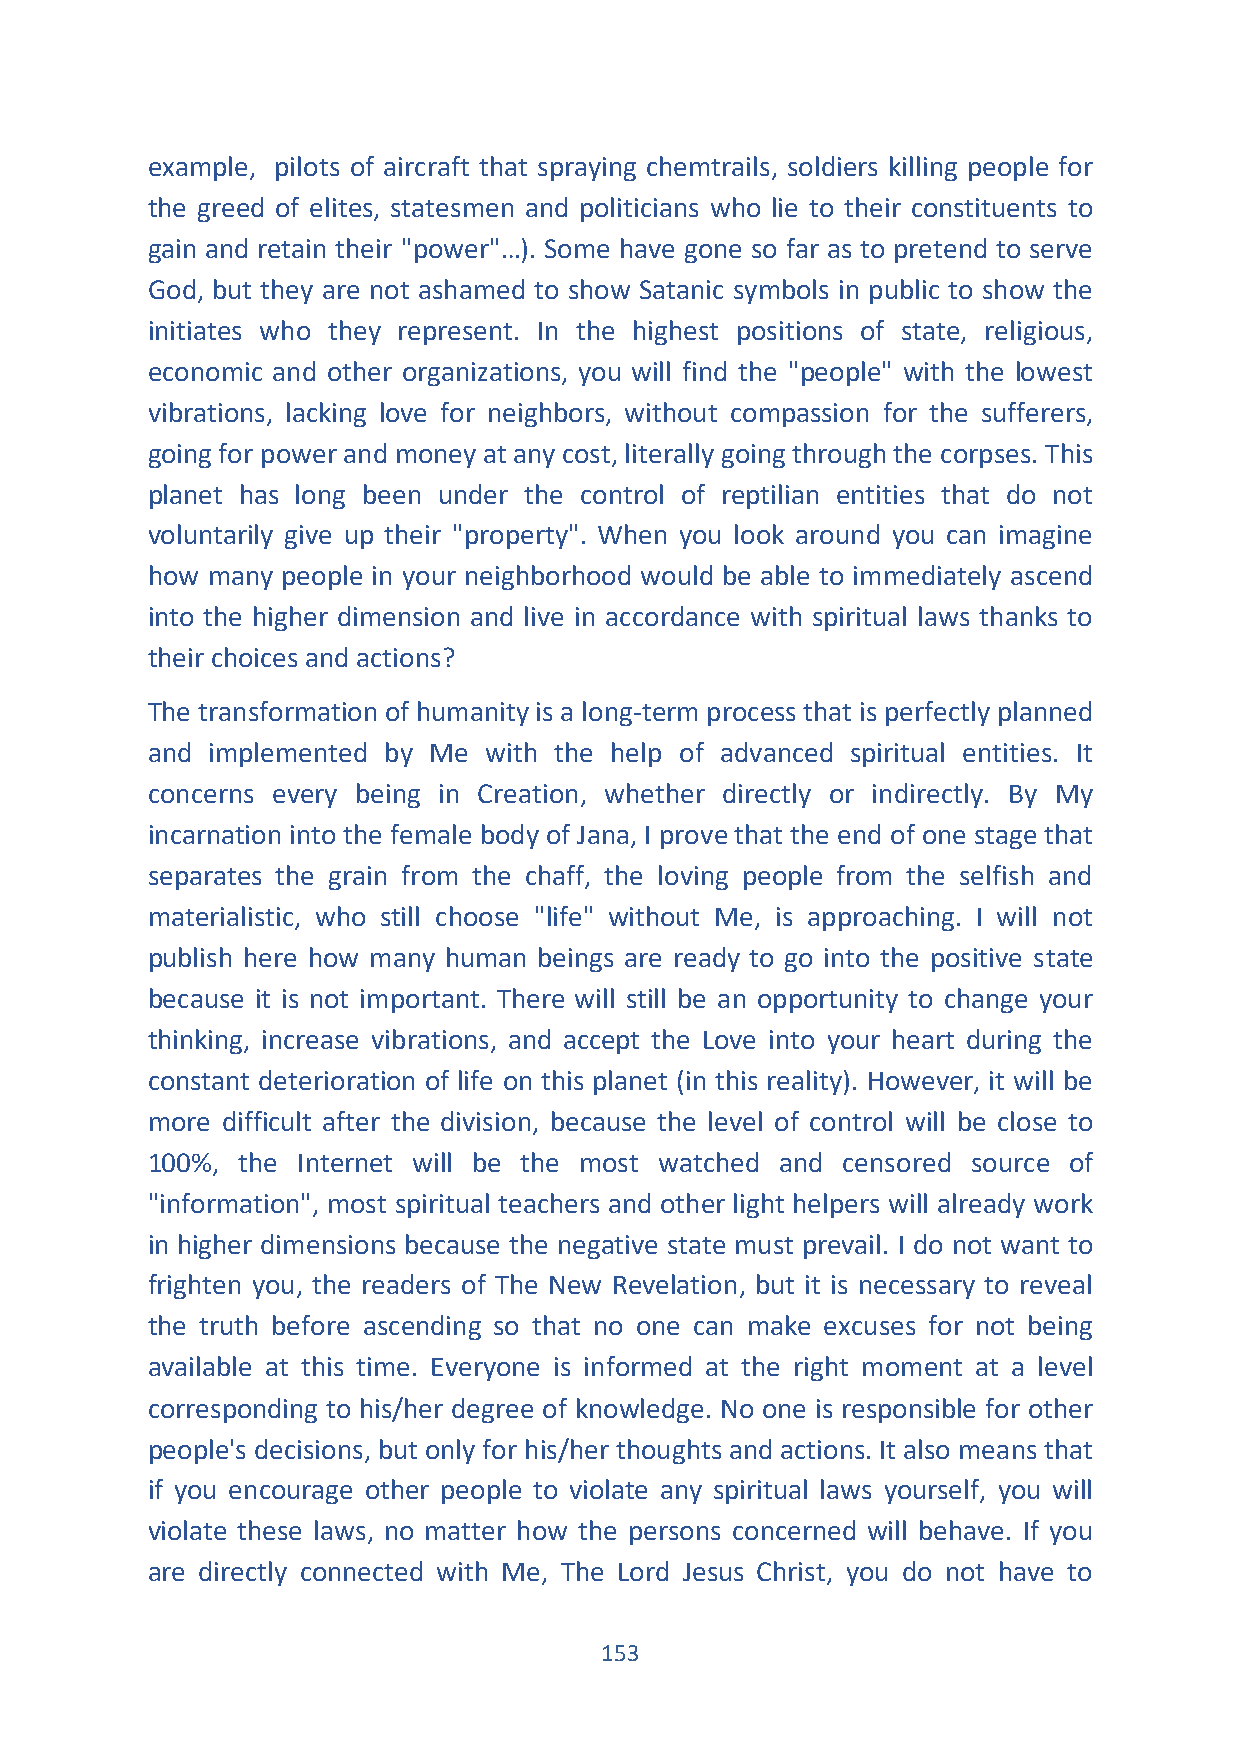
example, pilots of aircraft that spraying chemtrails, soldiers killing people for
 the greed of elites, statesmen and politicians who lie to their constituents to
 gain and retain their "power"…). Some have gone so far as to pretend to serve
 God, but they are not ashamed to show Satanic symbols in public to show the
 initiates who they represent. In the highest positions of state, religious,
 economic and other organizations, you will find the "people" with the lowest
 vibrations, lacking love for neighbors, without compassion for the sufferers,
 going for power and money at any cost, literally going through the corpses. This
 planet has long been under the control of reptilian entities that do not
 voluntarily give up their "property". When you look around you can imagine
 how many people in your neighborhood would be able to immediately ascend
 into the higher dimension and live in accordance with spiritual laws thanks to
 their choices and actions?
 The transformation of humanity is a long-term process that is perfectly planned
 and implemented by Me with the help of advanced spiritual entities. It
 concerns every being in Creation, whether directly or indirectly. By My
 incarnation into the female body of Jana, I prove that the end of one stage that
 separates the grain from the chaff, the loving people from the selfish and
 materialistic, who still choose "life" without Me, is approaching. I will not
 publish here how many human beings are ready to go into the positive state
 because it is not important. There will still be an opportunity to change your
 thinking, increase vibrations, and accept the Love into your heart during the
 constant deterioration of life on this planet (in this reality). However, it will be
 more difficult after the division, because the level of control will be close to
 100%, the Internet will be the most watched and censored source of
 "information", most spiritual teachers and other light helpers will already work
 in higher dimensions because the negative state must prevail. I do not want to
 frighten you, the readers of The New Revelation, but it is necessary to reveal
 the truth before ascending so that no one can make excuses for not being
 available at this time. Everyone is informed at the right moment at a level
 corresponding to his/her degree of knowledge. No one is responsible for other
 people's decisions, but only for his/her thoughts and actions. It also means that
 if you encourage other people to violate any spiritual laws yourself, you will
 violate these laws, no matter how the persons concerned will behave. If you
 are directly connected with Me, The Lord Jesus Christ, you do not have to
 153